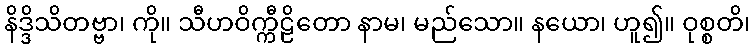
နိဒ္ဒိသိတဗ္ဗာ၊ ကို။ သီဟဝိက္ကီဠိတော နာမ၊ မည်သော။ နယော၊ ဟူ၍။ ဝုစ္စတိ၊